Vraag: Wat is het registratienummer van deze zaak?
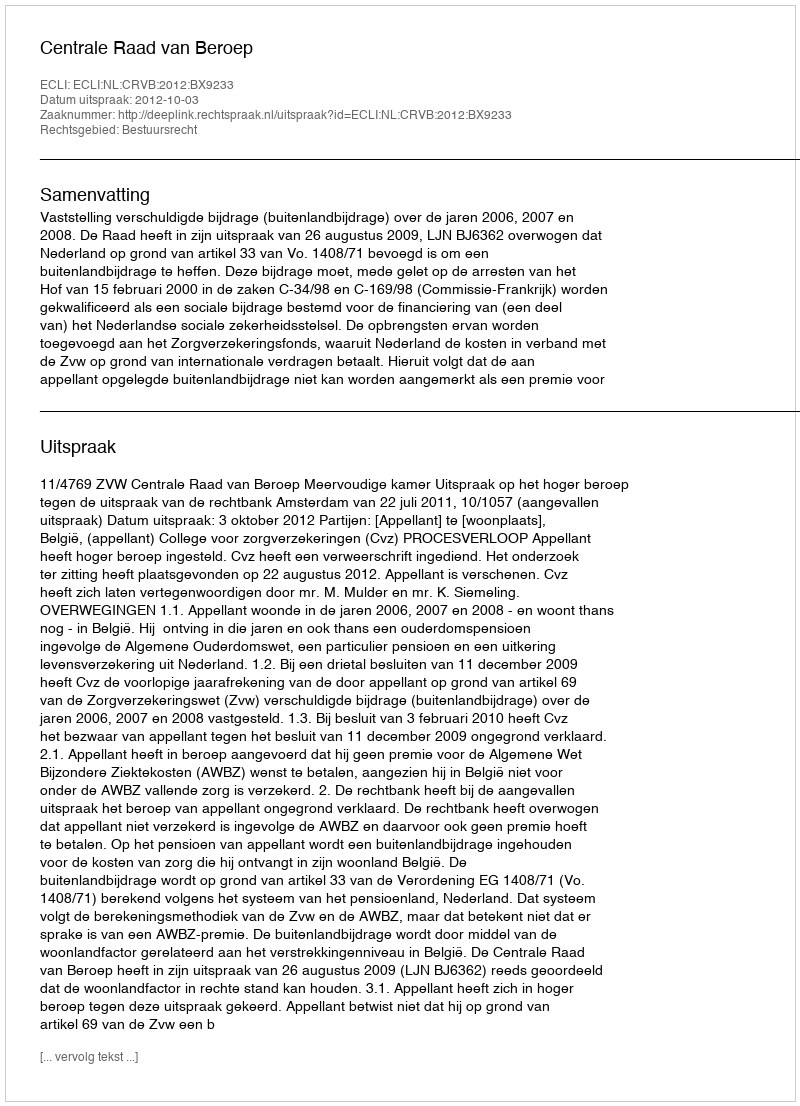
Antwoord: http://deeplink.rechtspraak.nl/uitspraak?id=ECLI:NL:CRVB:2012:BX9233